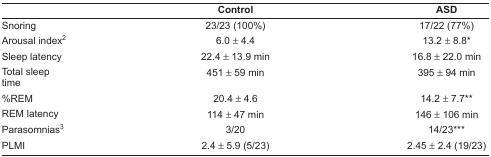
<table><thead><tr><td></td><td><b>Control</b></td><td><b>ASD</b></td></tr></thead><tbody><tr><td>Snoring</td><td>23/23 (100%)</td><td>17/22 (77%)</td></tr><tr><td>Arousal index<sup>2</sup></td><td>6.0 ± 4.4</td><td>13.2 ± 8.8<sup>*</sup></td></tr><tr><td>Sleep latency</td><td>22.4 ± 13.9 min</td><td>16.8 ± 22.0 min</td></tr><tr><td>Total sleep time</td><td>451 ± 59 min</td><td>395 ± 94 min</td></tr><tr><td>%REM</td><td>20.4 ± 4.6</td><td>14.2 ± 7.7<sup>**</sup></td></tr><tr><td>REM latency</td><td>114 ± 47 min</td><td>146 ± 106 min</td></tr><tr><td>Parasomnias<sup>3</sup></td><td>3/20</td><td>14/23<sup>***</sup></td></tr><tr><td>PLMI</td><td>2.4 ± 5.9 (5/23)</td><td>2.45 ± 2.4 (19/23)</td></tr></tbody></table>